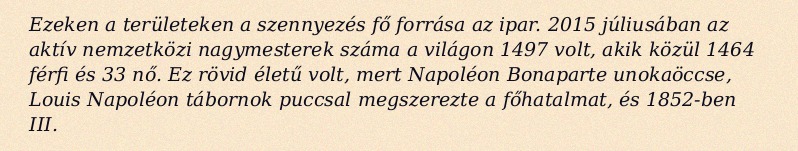
Ezeken a területeken a szennyezés fő forrása az ipar. 2015 júliusában az aktív nemzetközi nagymesterek száma a világon 1497 volt, akik közül 1464 férfi és 33 nő. Ez rövid életű volt, mert Napoléon Bonaparte unokaöccse, Louis Napoléon tábornok puccsal megszerezte a főhatalmat, és 1852-ben III.